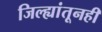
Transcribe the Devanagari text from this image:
जिल्ह्यांतूनही